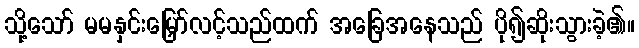
သို့သော် မမနှင်းမြှော်လင့်သည်ထက် အခြေအနေသည် ပို၍ဆိုးသွားခဲ့၏။